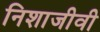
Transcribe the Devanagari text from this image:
निशाजीवी